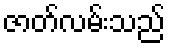
ဇာတ်လမ်းသည်